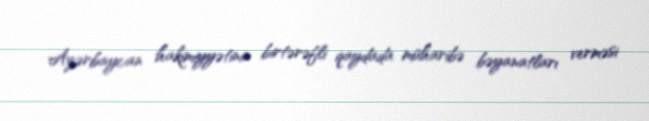
Azərbaycan hakimiyyətinin birtərəfli qaydada müharibə bəyanatları verməsi